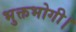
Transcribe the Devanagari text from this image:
भुक्तभोगी।